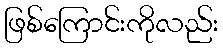
ဖြစ်ကြောင်းကိုလည်း